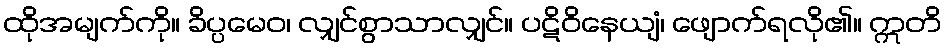
ထိုအမျက်ကို။ ခိပ္ပမေဝ၊ လျှင်စွာသာလျှင်။ ပဋိဝိနေယျံ၊ ဖျောက်ရလို၏။ ဣတိ